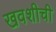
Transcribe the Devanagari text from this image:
खवशीची